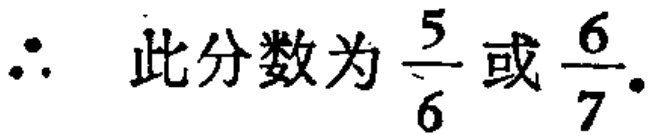
\(\therefore\) 此分数为\(\frac{5}{6}\)或\(\frac{6}{7}\).